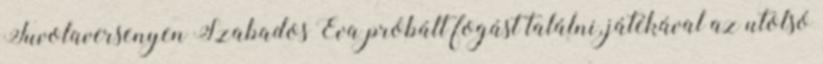
Fuvolaversenyen Szabados Éva próbált fogást találni, játékával az utolsó